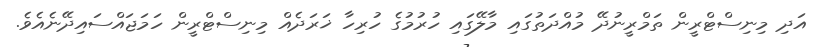
އަދި މިނިސްޓްރީން ތަމްރީނުދޭ މުއްދަތުގައި މާލޭގައި ހުރުމުގެ ހުރިހާ ޚަރަދެއް މިނިސްޓްރީން ހަމަޖައްސައިދޭނެއެވެ.